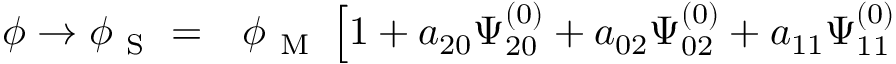
\begin{array} { r l } { \phi \to \phi _ { \mathrm { ~ S ~ } } = } & { { } \phi _ { \mathrm { ~ M ~ } } \left[ 1 + a _ { 2 0 } \Psi _ { 2 0 } ^ { ( 0 ) } + a _ { 0 2 } \Psi _ { 0 2 } ^ { ( 0 ) } + a _ { 1 1 } \Psi _ { 1 1 } ^ { ( 0 ) } \right. } \end{array}